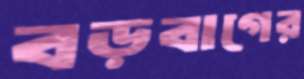
বড়বাগের